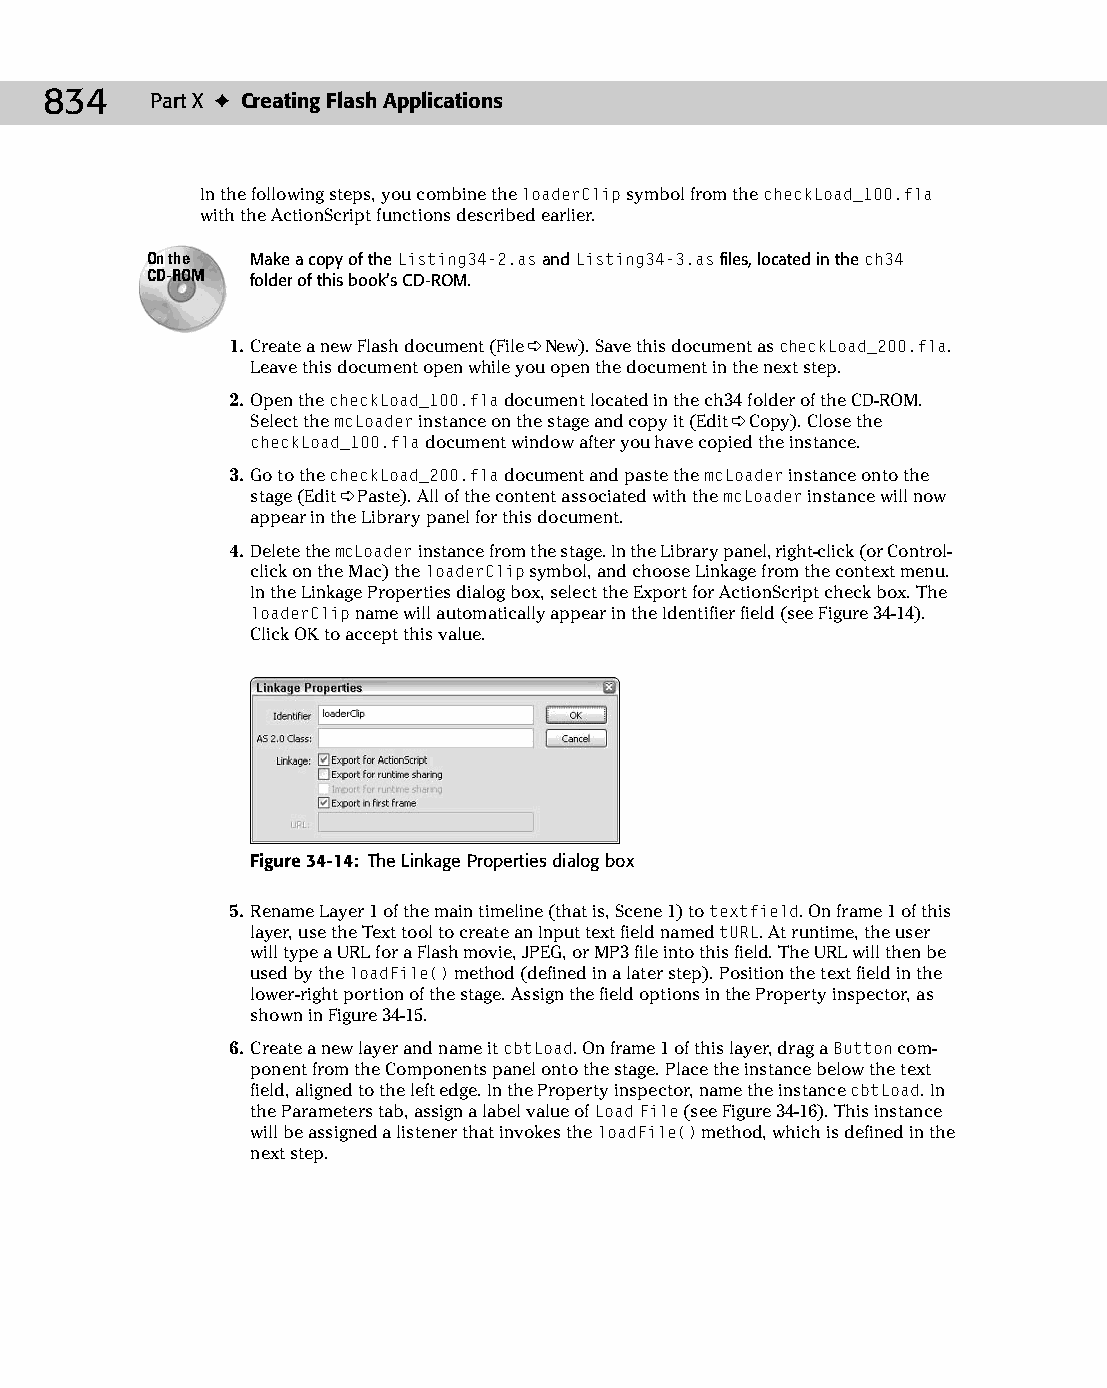
45 543547 ch34.qxd 3/24/04 4:15 PM Page 834
 834    Part X ✦ Creating Flash Applications
 In the following steps, you combine the loaderClip symbol from the checkLoad_100.fla
 with the ActionScript functions described earlier.
 On the Make a copy of the Listing34-2.as and Listing34-3.as files, located in the ch34
 CD-ROM folder of this book’s CD-ROM.
 1. Create a new Flash document (File ➪ New). Save this document as checkLoad_200.fla.
 Leave this document open while you open the document in the next step.
 2. Open the checkLoad_100.fla document located in the ch34 folder of the CD-ROM.
 Select the mcLoader instance on the stage and copy it (Edit ➪ Copy). Close the
 checkLoad_100.fla document window after you have copied the instance.
 3. Go to the checkLoad_200.fla document and paste the mcLoader instance onto the
 stage (Edit ➪ Paste). All of the content associated with the mcLoader instance will now
 appear in the Library panel for this document.
 4. Delete the mcLoader instance from the stage. In the Library panel, right-click (or Control-
 click on the Mac) the loaderClip symbol, and choose Linkage from the context menu.
 In the Linkage Properties dialog box, select the Export for ActionScript check box. The
 loaderClip name will automatically appear in the Identifier field (see Figure 34-14).
 Click OK to accept this value.
 Figure 34-14: The Linkage Properties dialog box
 5. Rename Layer 1 of the main timeline (that is, Scene 1) to textfield. On frame 1 of this
 layer, use the Text tool to create an Input text field named tURL. At runtime, the user
 will type a URL for a Flash movie, JPEG, or MP3 file into this field. The URL will then be
 used by the loadFile() method (defined in a later step). Position the text field in the
 lower-right portion of the stage. Assign the field options in the Property inspector, as
 shown in Figure 34-15.
 6. Create a new layer and name it cbtLoad. On frame 1 of this layer, drag a Button com­
 ponent from the Components panel onto the stage. Place the instance below the text
 field, aligned to the left edge. In the Property inspector, name the instance cbtLoad. In
 the Parameters tab, assign a label value of Load File (see Figure 34-16). This instance
 will be assigned a listener that invokes the loadFile() method, which is defined in the
 next step.